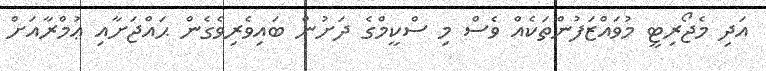
އަދި މެޖޯރިޓީ މުވައްޒަފުންތަކެއް ވެސް މި ސްކީމްގެ ދަށުން ބައިވެރިވެގެން ޙައްޖަށާއި ޢުމްރާއަށް